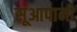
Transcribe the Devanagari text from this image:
सूआपानी